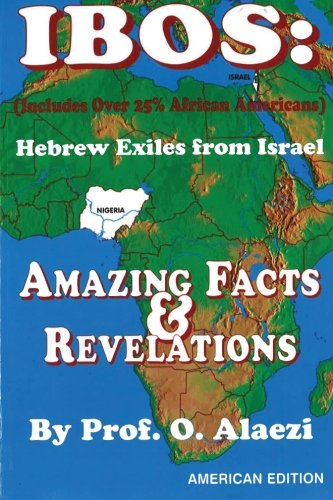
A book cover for Ibos: Hebrew Exiles From Israel: Reprinting: Amazing Facts & Revelations; O. Alaezi; History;